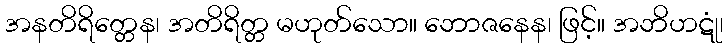
အနတိရိတ္တေန၊ အတိရိတ္တ မဟုတ်သော။ ဘောဇနေန၊ ဖြင့်။ အဘိဟဋုံ၊